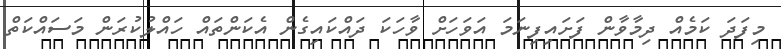
މިފަދަ ކަމެއް ދިމާވާން ފަށައިފިނަމަ އަވަހަށް ވާހަކަ ދައްކައިގެން އެކަންތައް ހައްލުކުރަން މަސައްކަތް